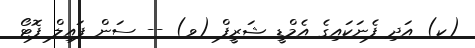
(ކ) އަދި ފެނަކައިގެ އެމްޑީ ޝަރީފް (ވ) -- ސަން ފައިލް ފޮޓޯ